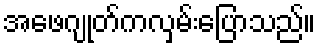
အဖေဂျုတ်ကလှမ်းပြောသည်။